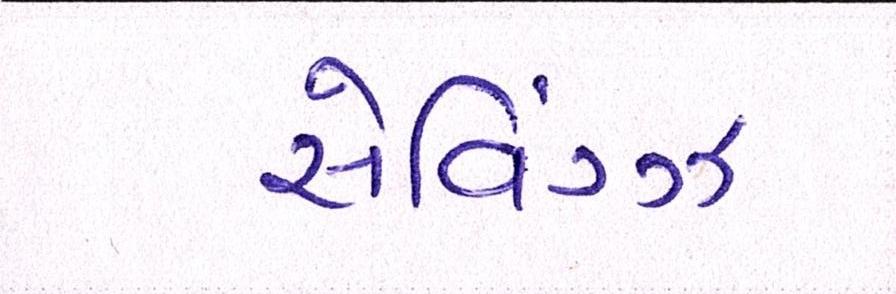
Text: સેવિંગ્ઝ